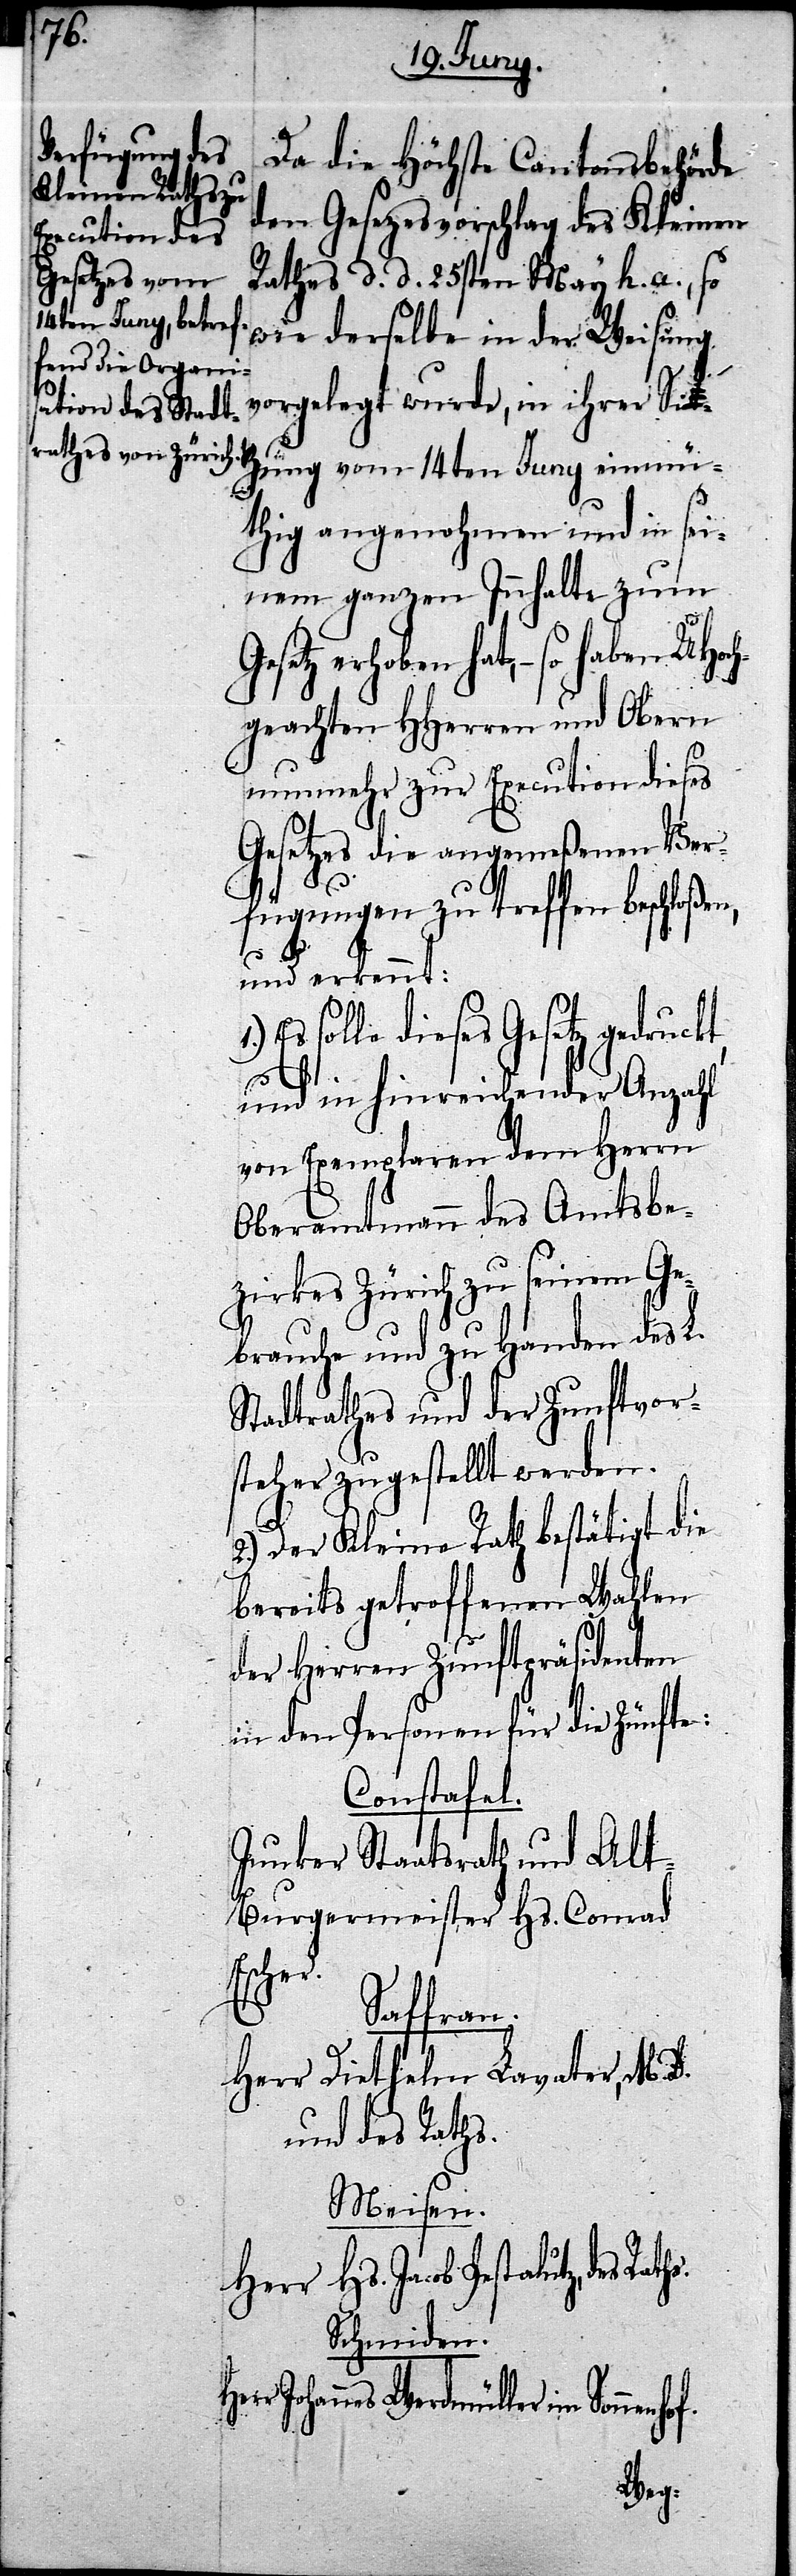
Da die Höchste Cantonsbehörde
den Gesezesvorschlag des Kleinen
Rathes d. d. 25sten May h. a., so
wie derselbe in der Weisung
vorgelegt wurde, in ihrer Sit¬
zung vom 14sten Juny einmü¬
thig angenohmen und in sei¬
nem ganzen Innhalte zum
erhoben hat, – so haben UHoch¬
geachten HHerren und Obern
nunmehr zur Execution dieses
Gesetzes die angemeßenen Ver¬
fügungen zu treffen beschloßen,
und erkennt:
solle dieses Gesetz gedruc¬
kt,
und in hinreichender Anzahl
von Exemplaren dem Herrn
Oberamtmann des Amtsbe¬
zirkes Zürich zu seinem Ge¬
brauche und zu Handen des L.
Stadtrathes und der Zunftvor¬
chaft zugestellt werden.
2.) Der Kleine Rath bestätigt die
bereits getroffenen Wahlen
der Herren Zunftpräsidenten
in den Personen für die Zünfte:
Constafel.
Junker Staatsrath und Alt-B¬
urgermeister Hs. Conrad
Escher.
Saffran.
Herr Diethelm Lavater, M. D.
und des Raths.
Meisen.
Hs. Jacob Pestalutz, des
Her¬
Schmiden.
r Johannes Werdmüller im